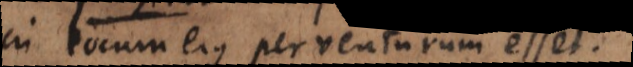
in locum ejus perventurum esset.